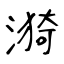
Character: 漪